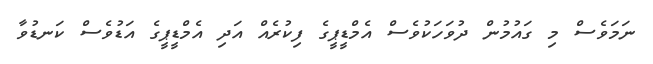
ނަމަވެސް މި ގައުމުން ދުވަހަކުވެސް އެމްޑީޕީގެ ފިކުރެއް އަދި އެމްޑީޕީގެ އަޑުވެސް ކަނޑުވާ